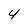
Character: 4